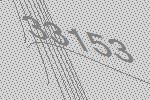
33153